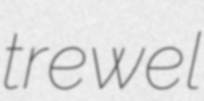
trewel